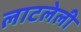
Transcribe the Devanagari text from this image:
लाटलेली